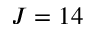
J = 1 4